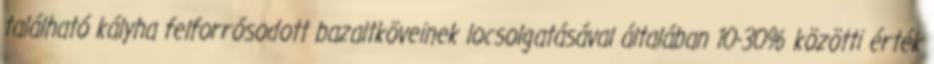
található kályha felforrósodott bazaltköveinek locsolgatásával általában 10-30% közötti érték